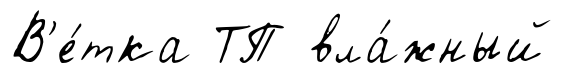
В'е́тка ТП вла́жный